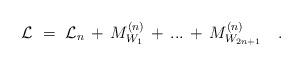
LaTeX: \begin{align*}{\cal L}\ = \ {\cal L}_n \, + \, M_{W_1} ^{(n)} \, + \, ... \, + \,M_{W_{2n+1}} ^{(n)}\ \ \ .\end{align*}